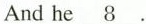
And he\underline{8}.